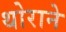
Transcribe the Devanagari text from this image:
थोराने